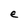
Character: e